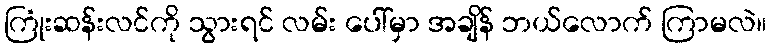
ကြုံးဆန်းလင်ကို သွားရင် လမ်း ပေါ်မှာ အချိန် ဘယ်လောက် ကြာမလဲ။